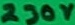
Text: 230V